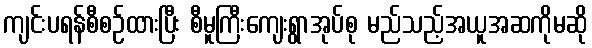
ကျင်းပရန်စီစဉ်ထားပြီး စီမူကြီးကျေးရွာအုပ်စု မည်သည့်အယူအဆကိုမဆို